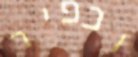
וכפיר